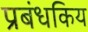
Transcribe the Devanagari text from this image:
प्रबंधकिय